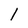
Character: 1